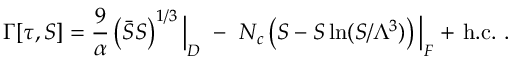
\Gamma [ \tau , S ] = { \frac { 9 } { \alpha } } \left( \bar { S } S \right) ^ { 1 / 3 } \Big | _ { D } ~ - ~ N _ { c } \left( S - S \ln ( S / \Lambda ^ { 3 } ) \right) \Big | _ { F } + \, \mathrm { h . c . } ~ .